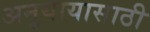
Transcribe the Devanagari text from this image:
अनुयायासाठी